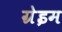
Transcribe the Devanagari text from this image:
ग्रेइम